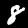
Digit: 8